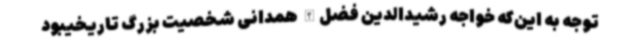
توجه به این‌که خواجه رشیدالدین فضل‌الله همدانی شخصیت بزرگ تاریخیبود